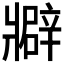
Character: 𤖟